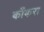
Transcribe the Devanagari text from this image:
काँकरा